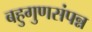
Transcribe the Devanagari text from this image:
बहुगुणसंपन्न